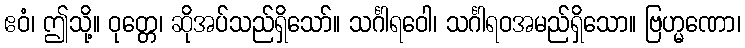
ဧဝံ၊ ဤသို့။ ဝုတ္တေ၊ ဆိုအပ်သည်ရှိသော်။ သင်္ဂါရဝေါ၊ သင်္ဂါရဝအမည်ရှိသော။ ဗြဟ္မဏော၊